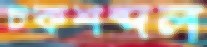
চকশব্দল